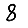
Digit: 8